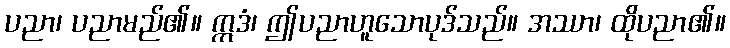
ပညာ၊ ပညာမည်၏။ ဣဒံ၊ ဤပညာဟူသောပုဒ်သည်။ အဿာ၊ ထိုပညာ၏။